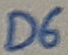
Text: D6